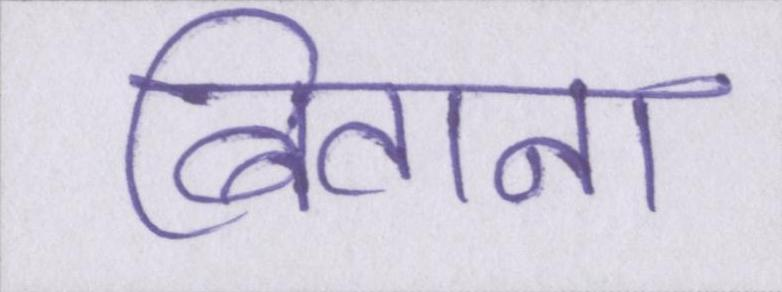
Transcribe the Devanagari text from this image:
बिताना